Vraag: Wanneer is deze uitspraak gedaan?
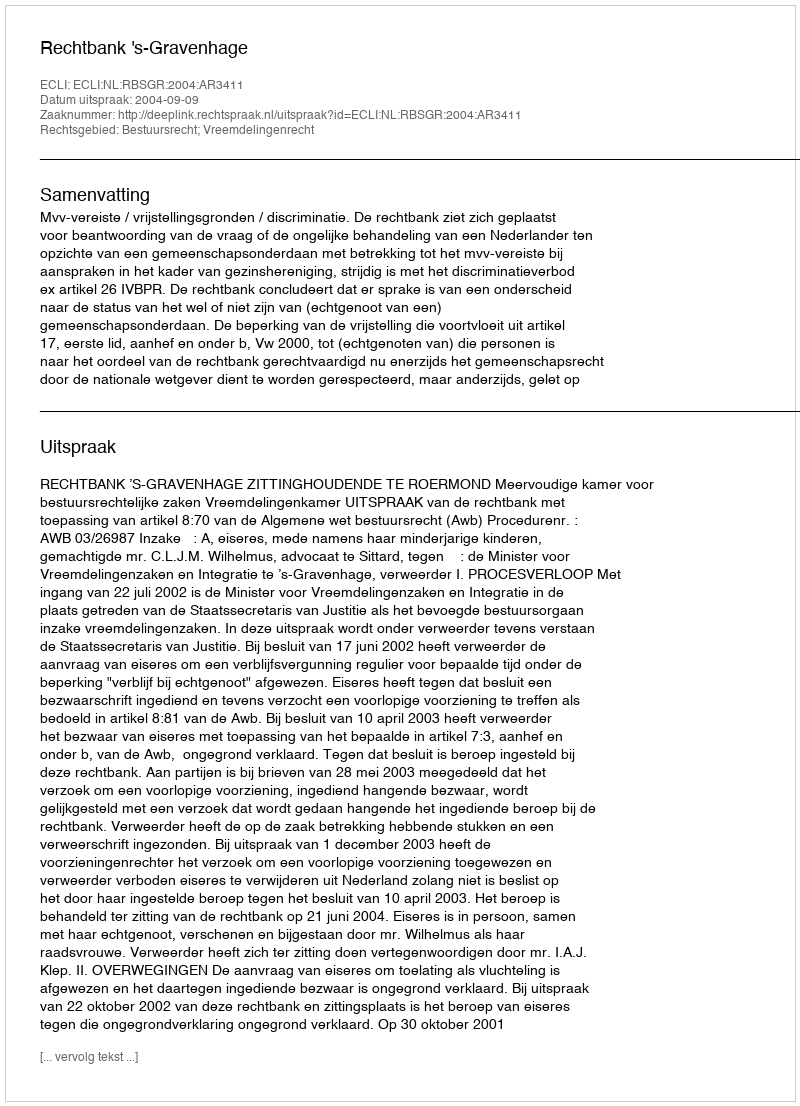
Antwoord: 2004-09-09